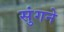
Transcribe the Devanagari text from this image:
सुंगने